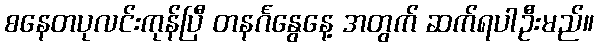
စနေတပုလင်းကုန်ပြီ တနင်္ဂနွေနေ့ အတွက် ဆက်ရပါဦးမည်။